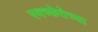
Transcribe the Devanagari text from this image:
स्वच्छेतेच्या